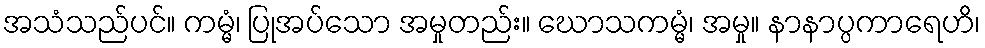
အသံသည်ပင်။ ကမ္မံ၊ ပြုအပ်သော အမှုတည်း။ ဃောသကမ္မံ၊ အမှု။ နာနာပ္ပကာရေဟိ၊